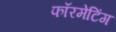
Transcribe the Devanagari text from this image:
फॉरमेटिंग